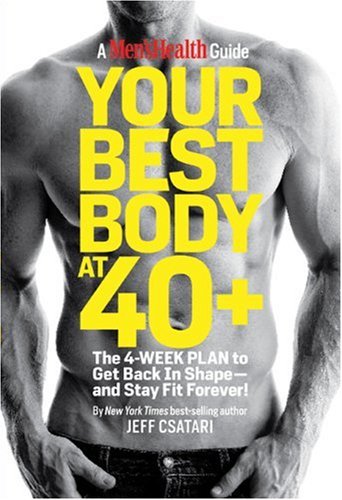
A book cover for Your Best Body at 40+: The 4-Week Plan to Get Back in Shape--and Stay Fit Forever!; Jeff Csatari; Health, Fitness & Dieting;